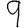
Digit: 9